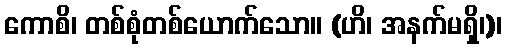
ကောစိ၊ တစ်စုံတစ်ယောက်သော။ (ဟိ၊ အနက်မရှိ၊)၊